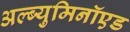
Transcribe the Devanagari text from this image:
अल्ब्युमिनॉएड